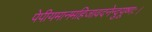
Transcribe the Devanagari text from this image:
पेपीयमानमहिजावदनेन्दुयूष्णः।